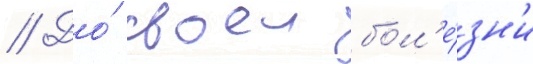
// До́ своеи бол'е́зн'и